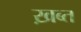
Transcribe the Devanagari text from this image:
ख़ब्त